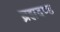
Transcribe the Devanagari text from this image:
ब्रह्मदण्ड